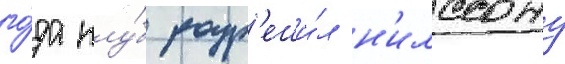
го́да клу́б разр'еши́л н'илссону